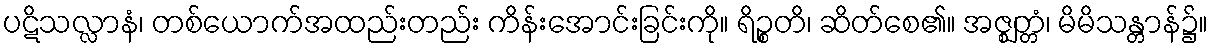
ပဋိသလ္လာနံ၊ တစ်ယောက်အထည်းတည်း ကိန်းအောင်းခြင်းကို။ ရိဉ္စတိ၊ ဆိတ်စေ၏။ အဇ္ဈတ္တံ၊ မိမိသန္တာန်၌။